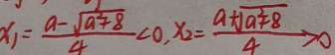
x _ { 1 } = \frac { a - \sqrt { a ^ { 2 } + 8 } } { 4 } < 0 , x _ { 2 } = \frac { a + \sqrt { a ^ { 2 } + 8 } } { 4 } > 0